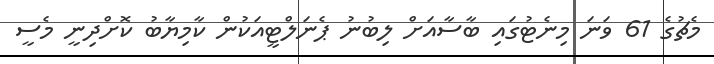
މެޗުގެ 61 ވަނަ މިނެޓުގައި ބާސާއަށް ލިބުނު ޕެނަލްޓީއަކުން ކާމިޔާބު ކޮށްދިނީ މެސީ